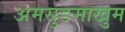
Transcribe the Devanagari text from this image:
अमसुङमाखुम